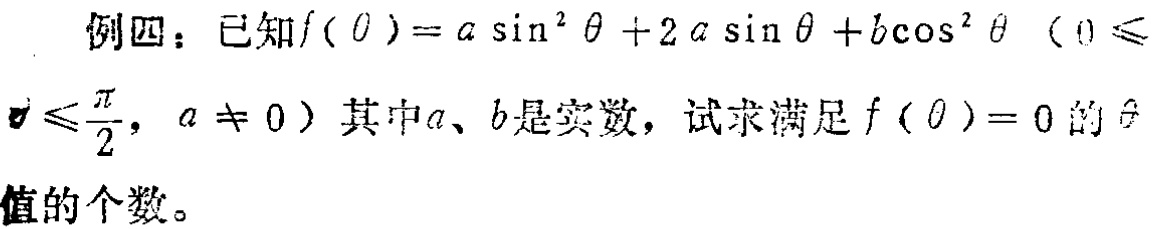
例四：已知\(f(\theta)=a\sin^{2}\theta + 2a\sin\theta + b\cos^{2}\theta\)（\(0\leqslant\theta\leqslant\frac{\pi}{2},a\neq0\)）其中\(a\)、\(b\)是实数，试求满足\(f(\theta)=0\)的\(\theta\)值的个数。